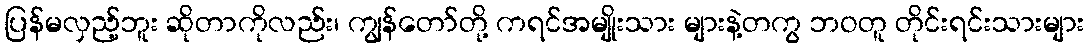
ပြန်မလှည့်ဘူး ဆိုတာကိုလည်း၊ ကျွန်တော်တို့ ကရင်အမျိုးသား များနဲ့တကွ ဘဝတူ တိုင်းရင်းသားများ